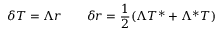
\delta T = \Lambda r \qquad \delta r = { \frac { 1 } { 2 } } ( \Lambda T ^ { * } + \Lambda ^ { * } T )